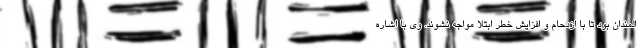
المندان بود تا با ازدحام و افزایش خطر ابتلا مواجه نشوند. وی با اشاره